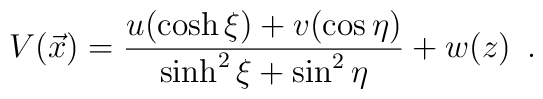
V(\vec x)={u(\cosh\xi)+v(\cos\eta)\over\sinh^2\xi+\sin^2\eta}+w(z)   \enspace.